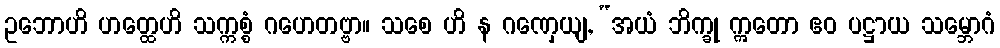
ဥဘောဟိ ဟတ္ထေဟိ သက္ကစ္စံ ဂဟေတဗ္ဗာ။ သစေ ဟိ န ဂဏှေယျ, “အယံ ဘိက္ခု ဣတော ဧဝ ပဋ္ဌာယ သမ္ဘောဂံ